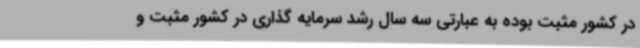
در کشور مثبت بوده به عبارتی سه سال رشد سرمایه گذاری در کشور مثبت و